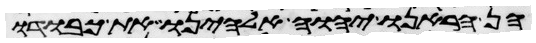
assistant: הן הראנו יהוה אלהינו את כבודו